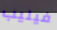
فيليب